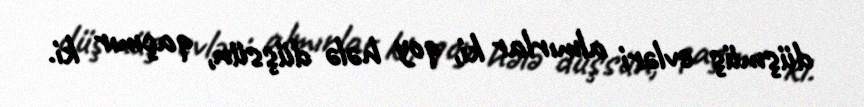
düşmüş evləri almırlar ki, qoy hələ düşsün, qaçmır ki.